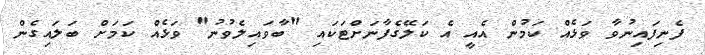
ފެނިފައިނުވާ ވަޅެއް ކަމުން އެއީ އެ ކަލޭގެފާނަށްޓަކައި "ބާވައިލެވުނު" ވަޅެއް ކަމަށް ބަލައިގެން